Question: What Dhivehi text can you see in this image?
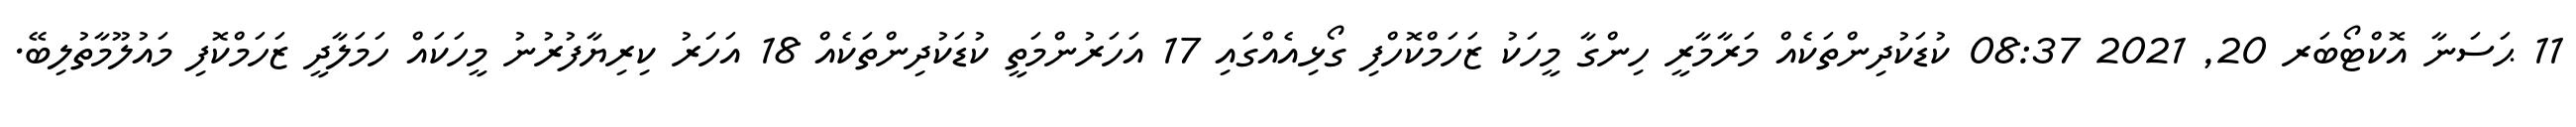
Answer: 11 ޙަސަނާ އޮކްޓޯބަރ 20, 2021 08:37 ކުޑަކުދިންތަކެއް މަރާމާރީ ހިންގާ މީހަކު ޒަހަމްކޮހްފި ގޯޅިއެއްގައި 17 އަހަރުންމަތީ ކުޑަކުދިންތަކެއް 18 އަހަރު ކިރިޔާފުރުނު މީހަކައް ހަމަލާދީ ޒަހަމްކޮފި މައުލޫމާތުލިބޭ.